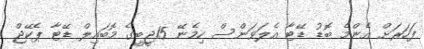
ފަހަރަށް އެންމެ ބޮޑު ޑޭޓާ އެލަވަންސް ހިމެނޭ 15ޖީބީގެ މޮބައިލް ޑޭޓާ ޕެކޭޖް